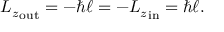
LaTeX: { L _ { z } } _ { \mathrm { o u t } } = - \hbar \ell = - { L _ { z } } _ { \mathrm { i n } } = \hbar \ell .